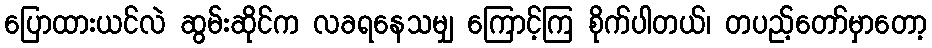
ပြောထားယင်လဲ ဆွမ်းဆိုင်က လခရနေသမျှ ကြောင့်ကြ စိုက်ပါတယ်၊ တပည့်တော်မှာတော့